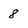
Character: 8